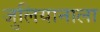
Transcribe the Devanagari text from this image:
जुलियानाला